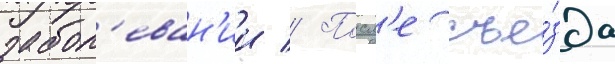
забол'еван'ии // Посл'е съе́зда